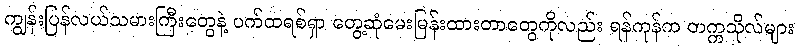
ကျွန်းပြန်လယ်သမားကြီးတွေနဲ့ ပက်ထရစ်ရှာ တွေ့ဆုံမေးမြန်းထားတာတွေကိုလည်း ရန်ကုန်က တက္ကသိုလ်များ